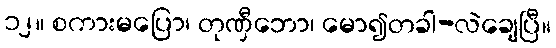
၁၂။ စကားမပြော၊ တုဏှီဘော၊ မော၍တခါ-လဲချေပြီ။